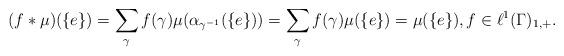
LaTeX: \begin{align*}(f*\mu)(\{e\})=\sum_{\gamma}f(\gamma)\mu(\alpha_{\gamma^{-1}}(\{e\}))=\sum_\gamma f(\gamma)\mu(\{e\})=\mu(\{e\}), f\in \ell^1(\Gamma)_{1,+}.\end{align*}